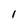
Character: l